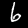
Digit: 6